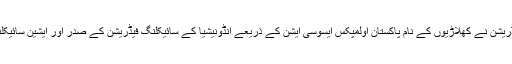
سیکرٹری سید اظہر علی شاہ نے فیڈریشن نے کھلاڑیوں کے نام پاکستان اولمپکس ایسوسی ایشن کے ذریعے انڈونیشیا کے سائیکلنگ فیڈریشن کے صدر اور ایشین سائیکلنگ فیڈریشن کو بھیجوا د یئے تھے ۔